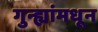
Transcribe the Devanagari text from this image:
गुन्ह्यांमधून